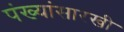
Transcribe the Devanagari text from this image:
पंख्यांसारखी